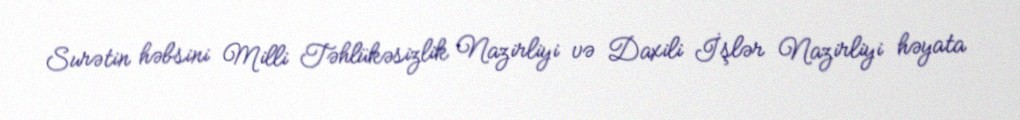
Surətin həbsini Milli Təhlükəsizlik Nazirliyi və Daxili İşlər Nazirliyi həyata